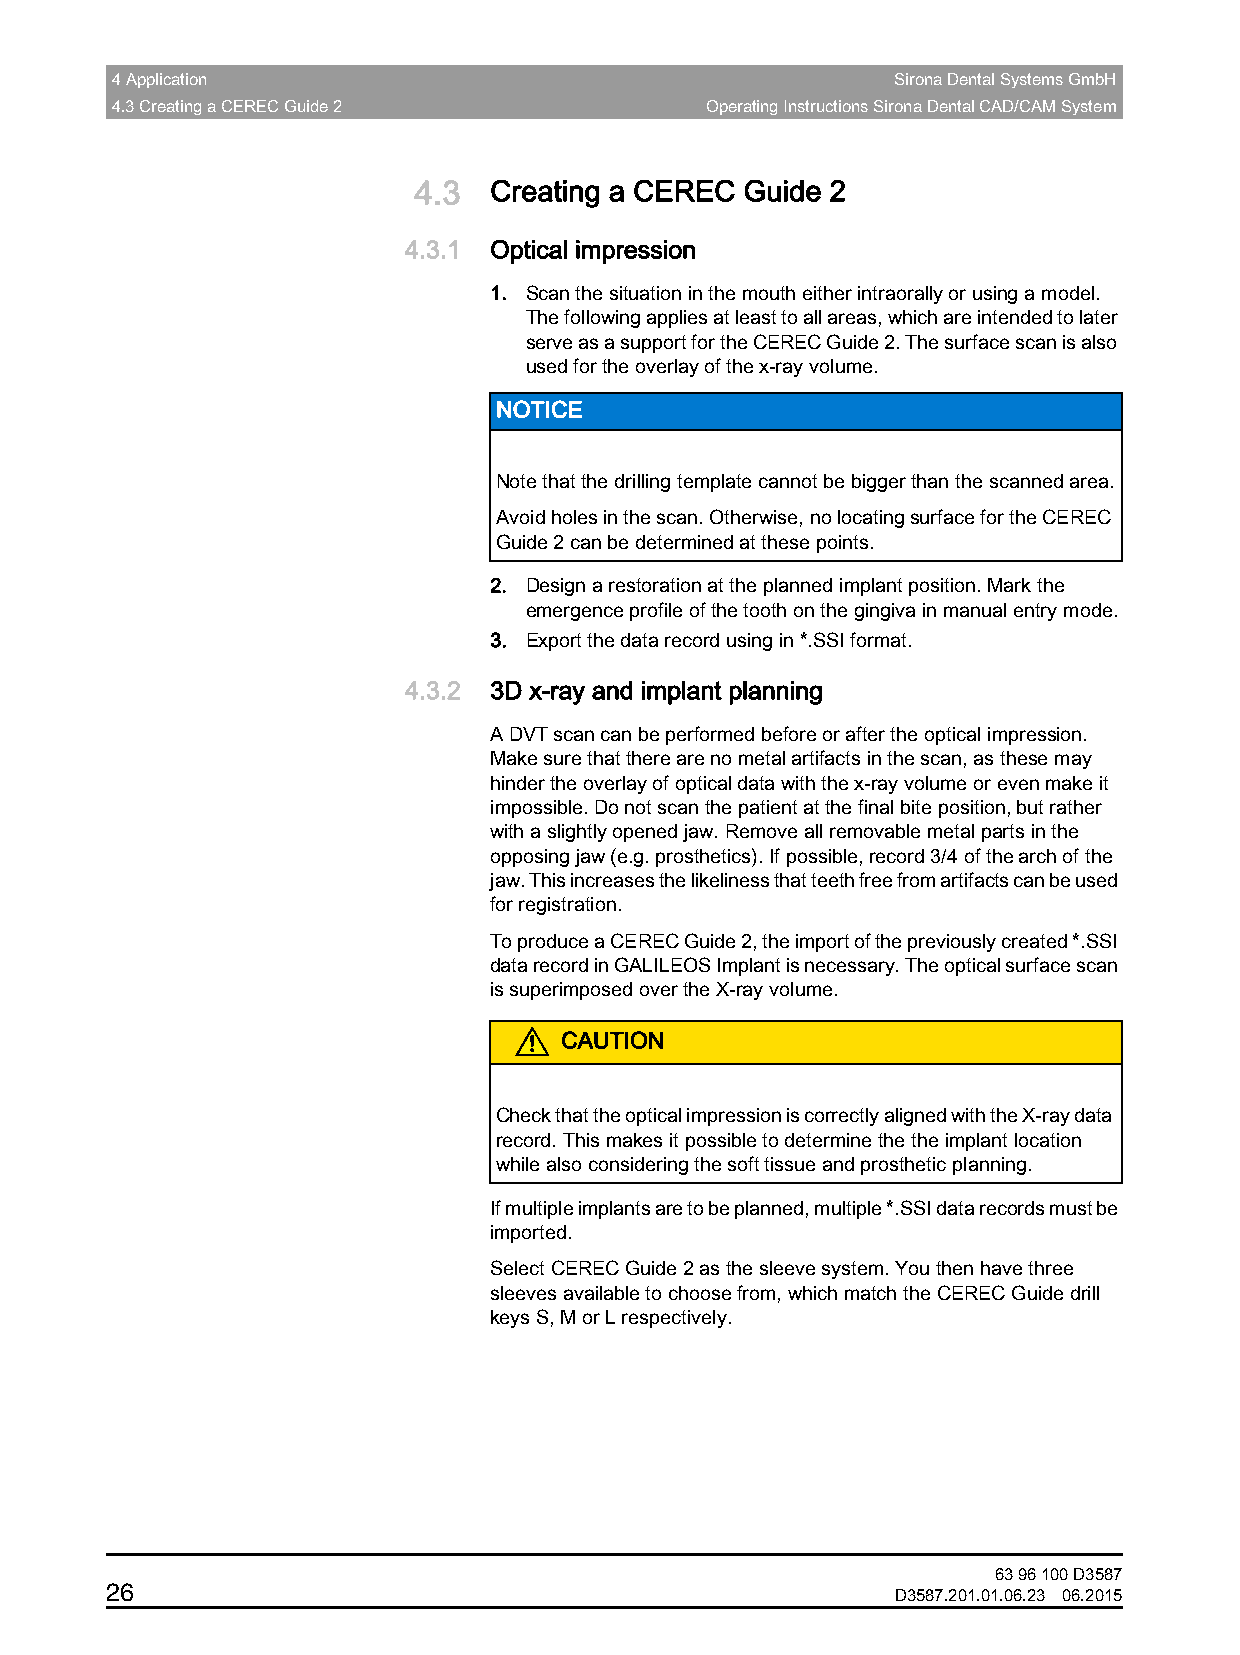
4 Application                                       Sirona Dental Systems GmbH
 4.3 Creating a CEREC Guide 2            Operating Instructions Sirona Dental CAD/CAM System
 4.3  Creating a CEREC Guide 2
 4.3.1 Optical impression
 1. Scan the situation in the mouth either intraorally or using a model.
 The following applies at least to all areas, which are intended to later
 serve as a support for the CEREC Guide 2. The surface scan is also
 used for the overlay of the x-ray volume.
 NOTICE
 Note that the drilling template cannot be bigger than the scanned area.
 Avoid holes in the scan. Otherwise, no locating surface for the CEREC
 Guide 2 can be determined at these points.
 2. Design a restoration at the planned implant position. Mark the
 emergence profile of the tooth on the gingiva in manual entry mode.
 3. Export the data record using in *.SSI format.
 4.3.2 3D x-ray and implant planning
 A DVT scan can be performed before or after the optical impression.
 Make sure that there are no metal artifacts in the scan, as these may
 hinder the overlay of optical data with the x-ray volume or even make it
 impossible. Do not scan the patient at the final bite position, but rather
 with a slightly opened jaw. Remove all removable metal parts in the
 opposing jaw (e.g. prosthetics). If possible, record 3/4 of the arch of the
 jaw. This increases the likeliness that teeth free from artifacts can be used
 for registration.
 To produce a CEREC Guide 2, the import of the previously created *.SSI
 data record in GALILEOS Implant is necessary. The optical surface scan
 is superimposed over the X-ray volume.
 CAUTION
 Check that the optical impression is correctly aligned with the X-ray data
 record. This makes it possible to determine the the implant location
 while also considering the soft tissue and prosthetic planning.
 If multiple implants are to be planned, multiple *.SSI data records must be
 imported.
 Select CEREC Guide 2 as the sleeve system. You then have three
 sleeves available to choose from, which match the CEREC Guide drill
 keys S, M or L respectively.
 63 96 100 D3587
 26
 D3587.201.01.06.23 06.2015